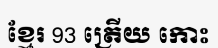
ខ្មែរ 93 ត្រើយ កោះ